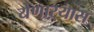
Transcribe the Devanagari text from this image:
येणाऱ्यास